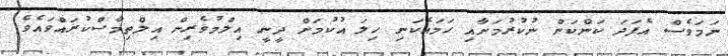
ނަމަވެސް އެފަދަ ކަންކަން ނުކުރުމަށާއި ހަމައެކަނި ހިލަ އުކުމަށް ދީނީ އިލްމުވެރިން އިލްތިމާސްކުރައްވައެވެ.